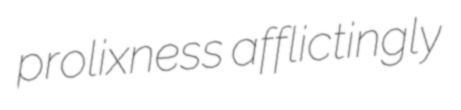
prolixness afflictingly